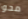
محو